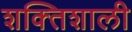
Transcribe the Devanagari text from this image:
शक्‍ितशाली